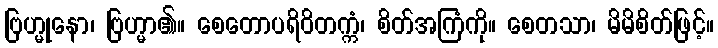
ဗြဟ္မုနော၊ ဗြဟ္မာ၏။ စေတောပရိဝိတက္ကံ၊ စိတ်အကြံကို။ စေတသာ၊ မိမိစိတ်ဖြင့်။